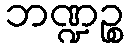
ဘဏ္ဍဉ္စ